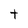
Character: t